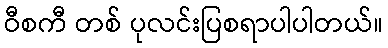
ဝီစကီ တစ် ပုလင်းပြစရာပါပါတယ်။